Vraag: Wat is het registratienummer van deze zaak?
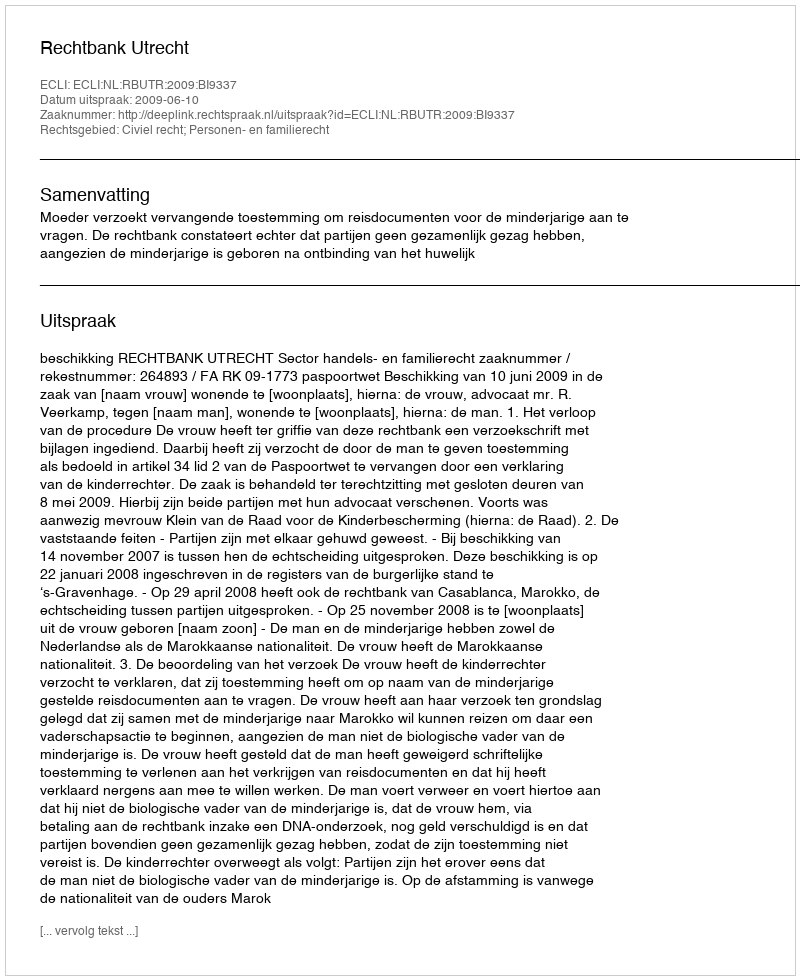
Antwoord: http://deeplink.rechtspraak.nl/uitspraak?id=ECLI:NL:RBUTR:2009:BI9337